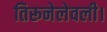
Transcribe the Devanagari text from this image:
तिरूनेलेवली।